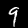
Digit: 9